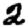
Digit: 2